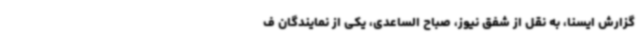
گزارش ایسنا، به نقل از شفق نیوز، صباح الساعدی، یکی از نمایندگان ف